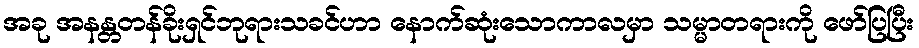
အခု အနန္တတန်ခိုးရှင်ဘုရားသခင်ဟာ နောက်ဆုံးသောကာလမှာ သမ္မာတရားကို ဖော်ပြပြီး